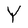
Character: Y